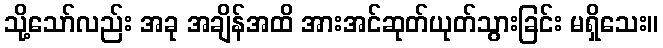
သို့သော်လည်း အခု အချိန်အထိ အားအင်ဆုတ်ယုတ်သွားခြင်း မရှိသေး။